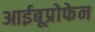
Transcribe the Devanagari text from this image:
आईबूप्रोफेन